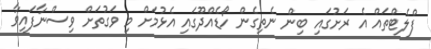
ފްލެޓްތައް އެ ރަށުގައި ބިން ނެތިގެން ހޯޑެއްދޫގައި އެޅުމަށް މި ވަގުތަށް ވިސްނާފައިވާ